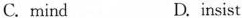
C.mind D.insist